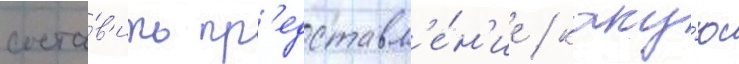
соста́в'ить пр'едставл'е́н'ие / каку́ю